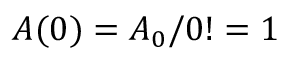
A ( 0 ) = A _ { 0 } / 0 ! = 1